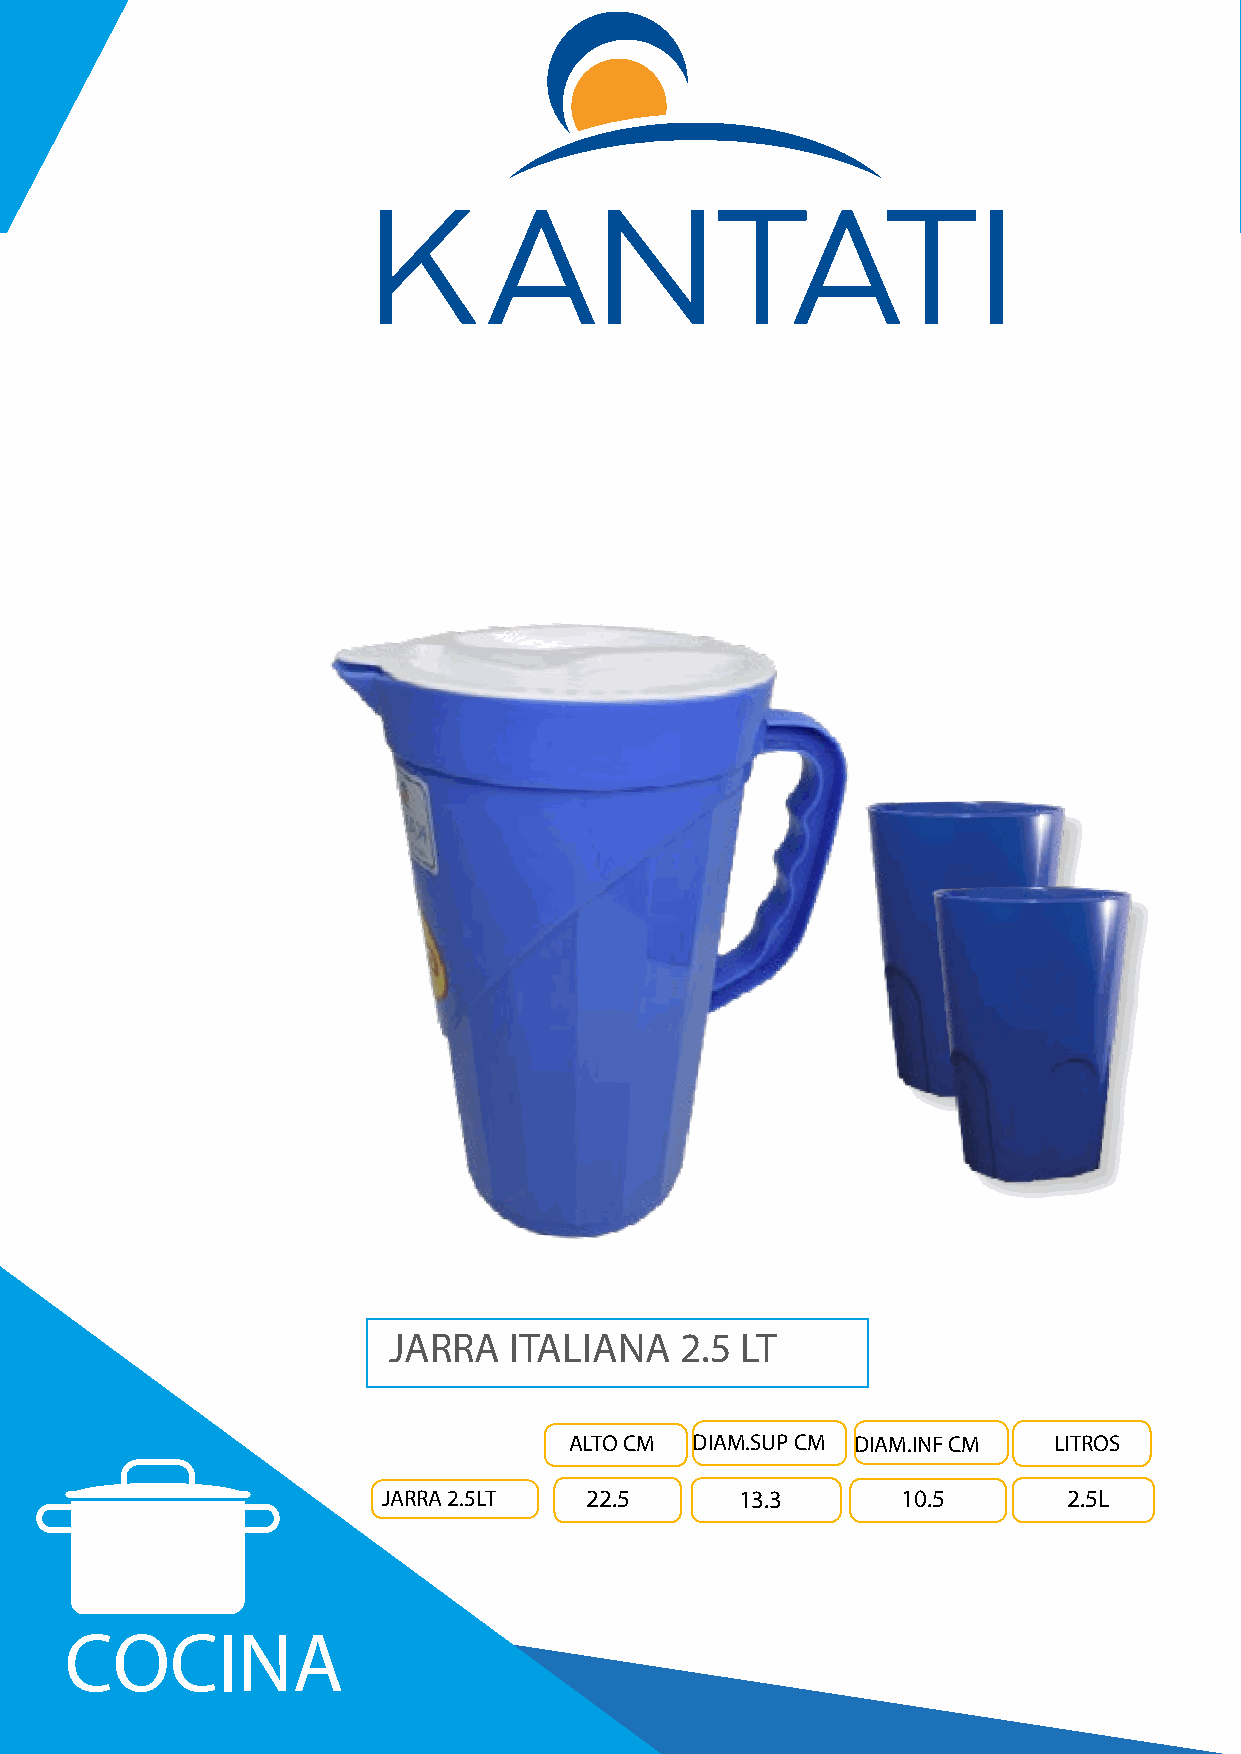
JARRA   ITALIANA   2.5 LT
 ALTO CM DIAM.SUP CM DIAM.INF CM LITROS
 JARRA 2.5LT   22.5      13.3       10.5       2.5L
 COCINA